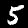
Digit: 5